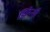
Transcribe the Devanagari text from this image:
झिरेन्शी